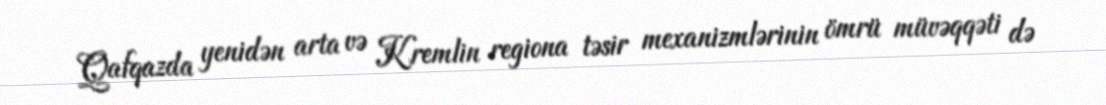
Qafqazda yenidən arta və Kremlin regiona təsir mexanizmlərinin ömrü müvəqqəti də